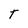
Character: T